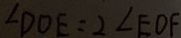
\angle D O E = 2 \angle E O F